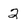
Character: 2